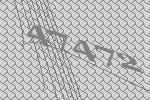
47472